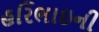
હરિભાઇની